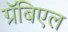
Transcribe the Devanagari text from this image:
ग्रॅबिएल